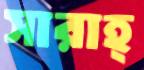
সারাহ্